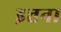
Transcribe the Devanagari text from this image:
इत्तना